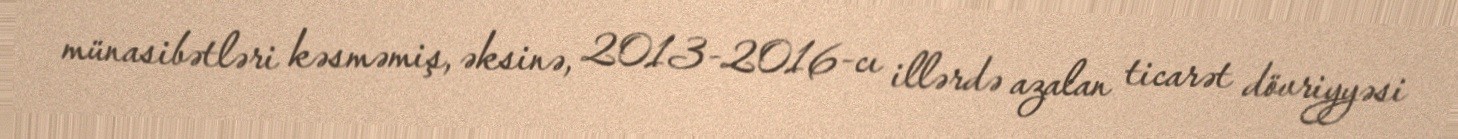
münasibətləri kəsməmiş, əksinə, 2013-2016-cı illərdə azalan ticarət dövriyyəsi